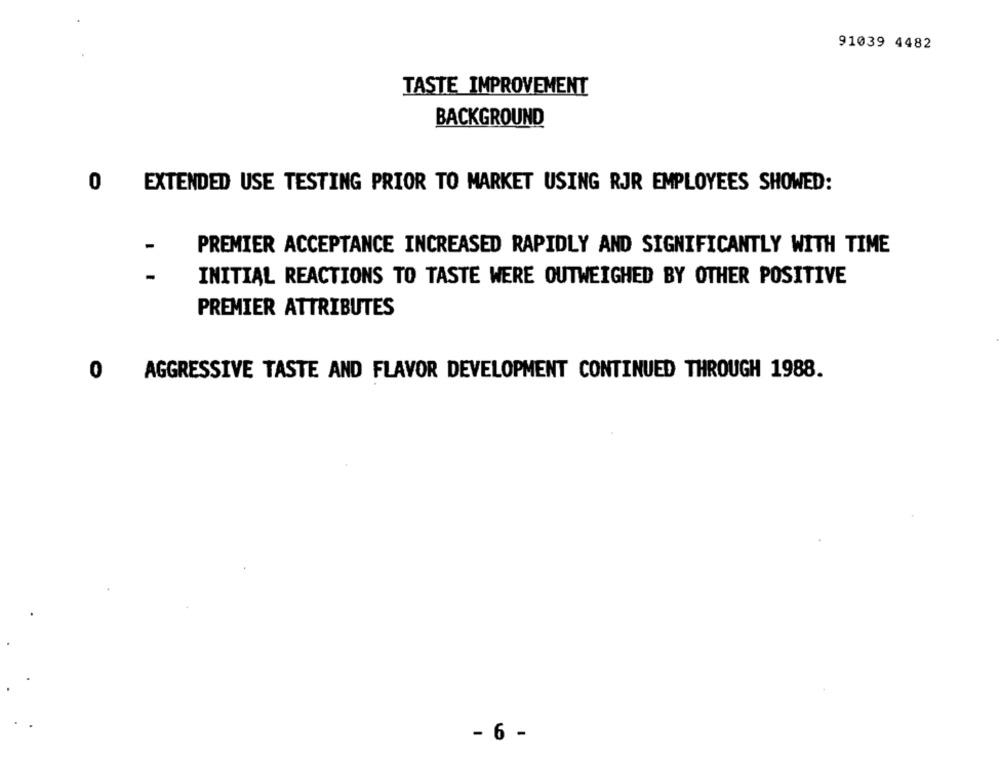
91039 4482
TASTE IMPROVEMENT
BACKGROUND
0
EXTENDED USE TESTING PRIOR TO MARKET USING RJR EMPLOYEES SHOWED:
PREMIER ACCEPTANCE INCREASED RAPIDLY AND SIGNIFICANTLY WITH TIME
INITIAL REACTIONS TO TASTE WERE OUTWEIGHED BY OTHER POSITIVE
PREMIER ATTRIBUTES
AGGRESSIVE TASTE AND FLAVOR DEVELOPMENT CONTINUED THROUGH 1988.
0
- 6 -